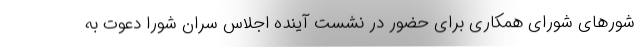
شورهای شورای همکاری برای حضور در نشست آینده اجلاس سران شورا دعوت به